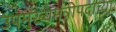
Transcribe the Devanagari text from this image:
उपमुख्यमंत्रीपदाच्या